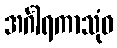
အင်္ဂါရကာသုံဝ